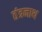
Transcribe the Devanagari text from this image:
तंंत्रनाथ